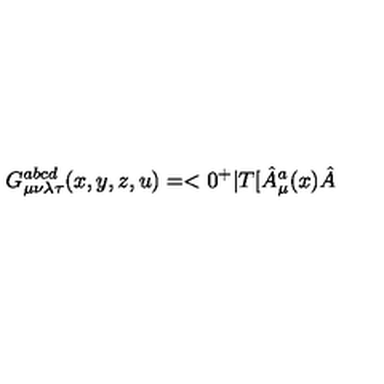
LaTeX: G _ { \mu \nu \lambda \tau } ^ { a b c d } ( x , y , z , u ) = < 0 ^ { + } | T [ \hat { A } _ { \mu } ^ { a } ( x ) \hat { A }